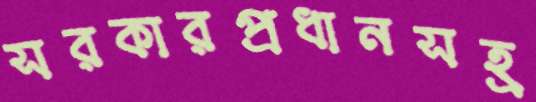
সরকারপ্রধানসহ্র